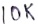
Text: 10K